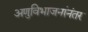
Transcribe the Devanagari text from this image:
अणुविभाजनांनंतर